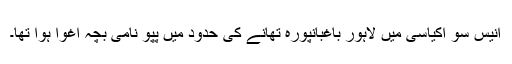
انیس سو اکیاسی میں لاہور باغبانپورہ تھانے کی حدود میں پپو نامی بچہ اغوا ہوا تھا۔